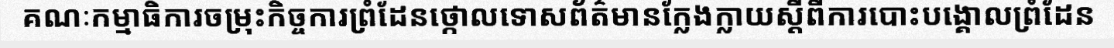
គណៈកម្មាធិការចម្រុះកិច្ចការព្រំដែនថ្កោលទោសព័ត៌មានក្លែងក្លាយស្តីពីការបោះបង្គោលព្រំដែន